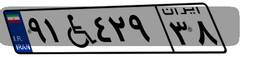
۹۱W۴۲۹۳۸